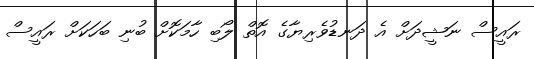
ރައީސް ނަޝީދަށް އެ ދަނޑުވެރިޔާގެ އޮތް ލޯބި ހާމަކޮށް ބުނި ބަހަކަށް ރައީސް